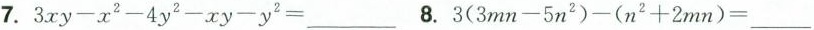
7.$$3xy-x^{2}-4y^{2}-xy-y^{2}=___$$ 8.$$3(3mn-5n^{2})-(n^{2}+2mn)=___$$